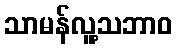
သာမန်လူ့သဘာဝ